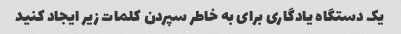
یک دستگاه یادگاری برای به خاطر سپردن کلمات زیر ایجاد کنید